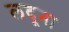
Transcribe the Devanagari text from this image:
लदूना